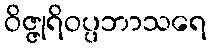
ဝိဇ္ဇုရိဝပ္ပဘာသရေ